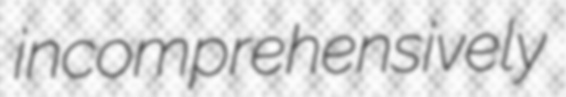
incomprehensively